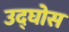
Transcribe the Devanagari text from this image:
उद्घोस